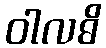
ဝါလဓိ